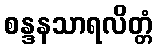
စန္ဒနသာရလိတ္တံ